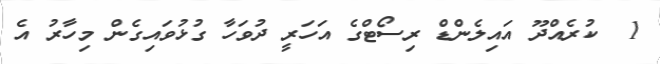
1  ކުރެއްދޫ އައިލެންޑް ރިސޯޓްގެ އަހަރީ ދުވަހާ ގުޅުވައިގެން މިހާރު އެ